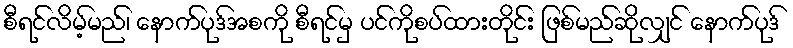
စီရင်လိမ့်မည်၊ နောက်ပုဒ်အစကို စီရင်မှ ပင်ကိုစပ်ထားတိုင်း ဖြစ်မည်ဆိုလျှင် နောက်ပုဒ်